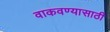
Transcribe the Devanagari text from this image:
वाकवण्यासाठी